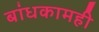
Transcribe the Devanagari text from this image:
बांधकामही